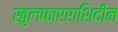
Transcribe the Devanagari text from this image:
खुलफ़ाएराशिदीन